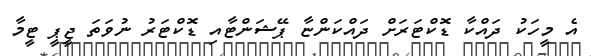
އެ މީހަކު ދައްކާ ޑޮކްޓަރަށް ދައްކަންޏާ ޕޭޝަންޓާއި ޑޮކްޓަރު ނުވަތަ ޖީޕީ ޓީމާ